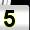
Digit: 5